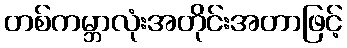
တစ်ကမ္ဘာလုံးအတိုင်းအတာဖြင့်